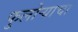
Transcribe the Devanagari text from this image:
फुलोऱ्याचा